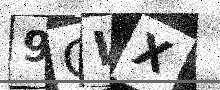
Text: 9CWX